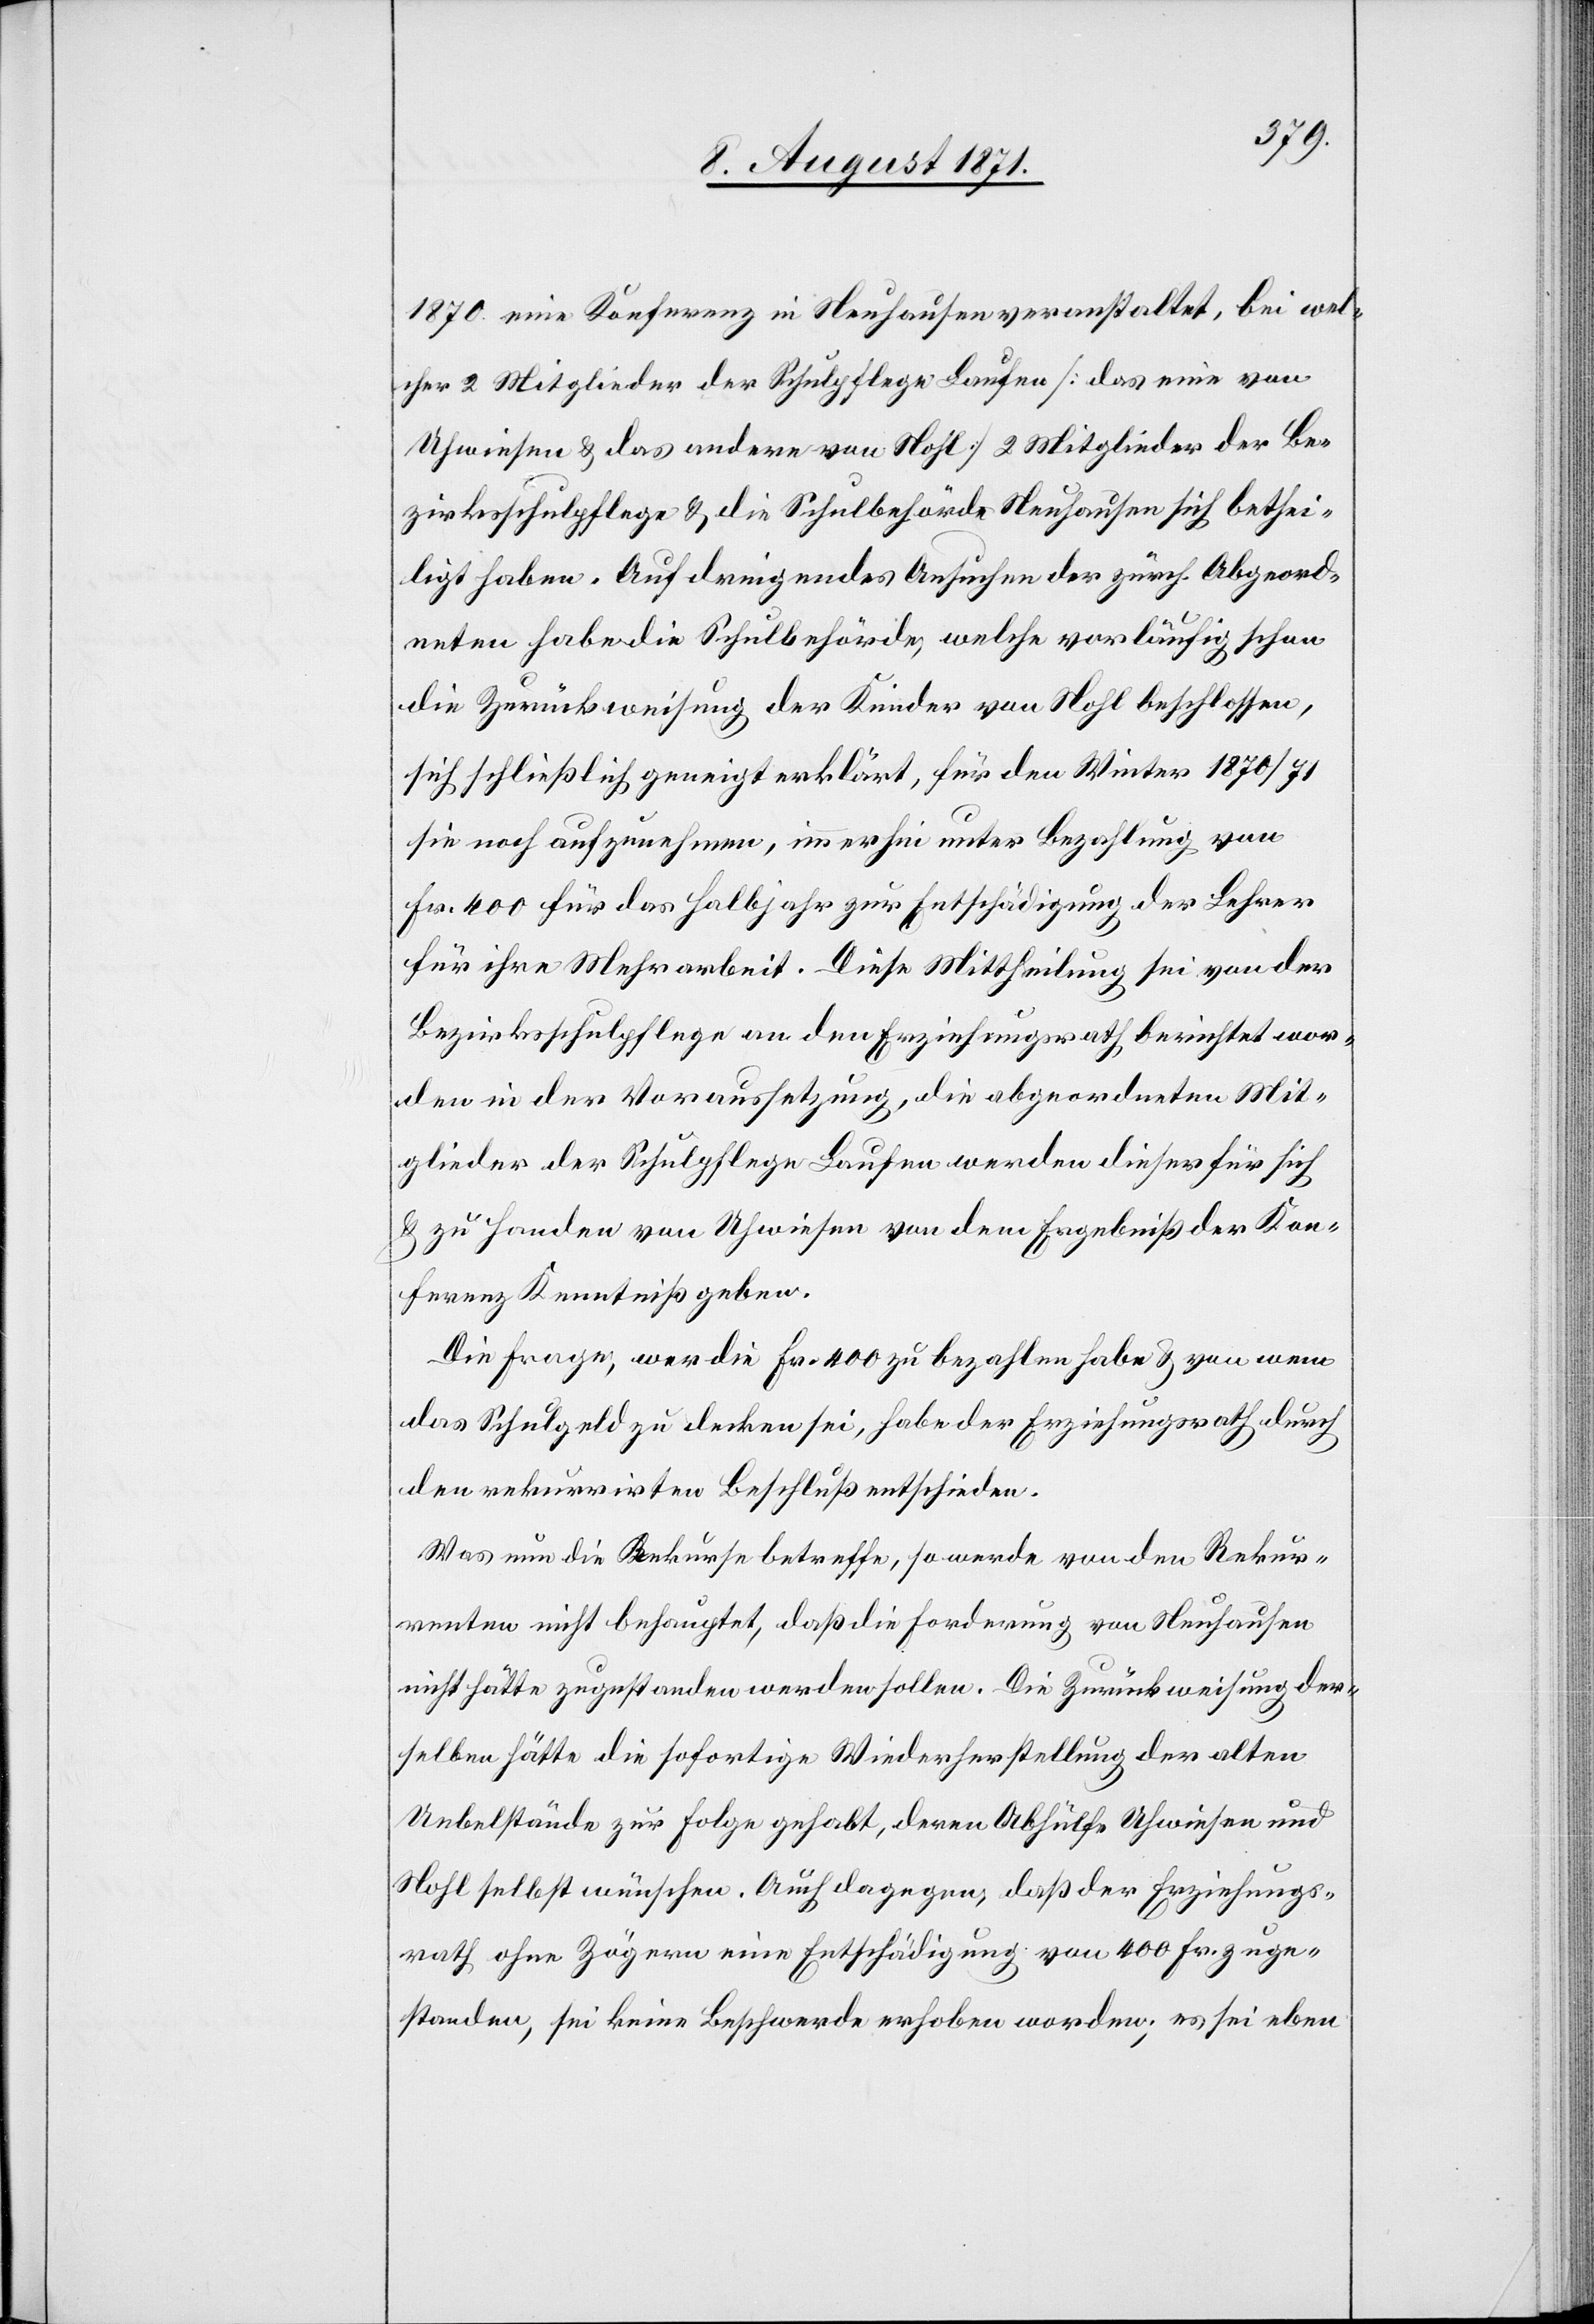
1870 eine Konferenz in Neuhausen veranstaltet, bei wel¬
cher 2 Mitglieder der Schulpflege Laufen [das eine von
Uhwiesen u. das andere von Nohl] 2 Mitglieder der Be¬
zirksschulpflege u. die Schulbehörde Neuhausen sich bethei¬
ligt haben. Auf dringendes Ansuchen der zürch. Abgeord¬
neten habe die Schulbehörde, welche vorläufig schon
die Zurückweisung der Kinder von Nohl beschlossen,
sich schließlich geneigt erklärt, für den Winter 1870/71
sie noch aufzunehmen, immerhin unter Bezahlung von
Fr. 400 für das Halbjahr zur Entschädigung der Lehrer
für ihre Mehrarbeit. Diese Mittheilung sei von der
Bezirksschulpflege an den Erziehungsrath berichtet wor¬
den in der Voraussetzung, die abgeordneten Mit¬
glieder der Schulpflege Laufen werden dieser für sich
u. zu Handen von Uhwiesen von dem Ergebniß der Kon¬
ferenz Kenntniß geben.
Die Frage, wer die Fr. 400 zu bezahlen habe u. von wem
das Schulgeld zu decken sei, habe der Erziehungsrath durch
den rekurrirten Beschluß entschieden.
Was nun die Rekurse betreffe, so werde von den Rekur¬
renten nicht behauptet, daß die Forderung von Neuhausen
Uebelstände zur Folge gehabt, deren Abhülfe Uhwiesen und
Nohl selbst wünschen. Auch dagegen, daß der Erziehungs¬
rath ohne Zögern eine Entschädigung von 400 Fr. zuge¬
standen, sei keine Beschwerde erhoben worden; es sei eben